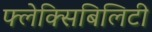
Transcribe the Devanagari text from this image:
फ्लेक्सिबिलिटी